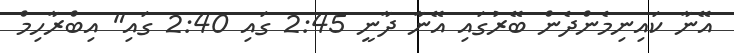
އޭނާ ކައިނިމެންދެން ބޭރުގައި އޭނާ ދާނީ 2:45 ގައި 2:40 ގައި" އިބްރާހިމް